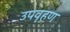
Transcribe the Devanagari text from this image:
उपवृहण